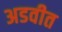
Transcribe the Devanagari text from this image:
अडवीत